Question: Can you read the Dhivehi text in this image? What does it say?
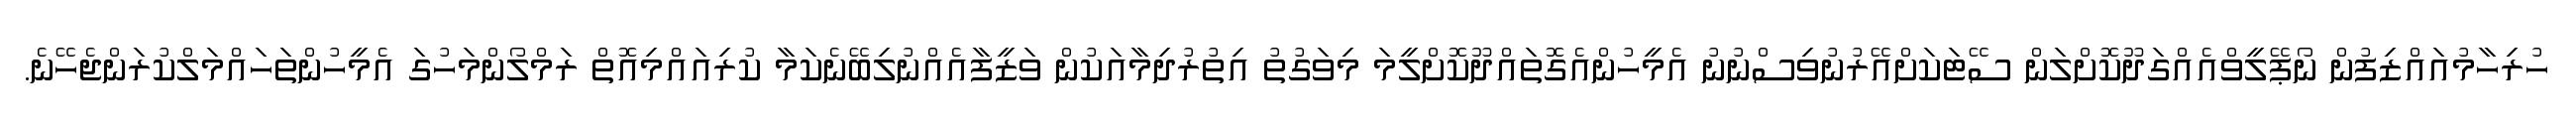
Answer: ހުރިހާމުއައްޒިފުން ނޯޕޭލީވްއެއްގަދޫކޮށްލަން ސޭޓަކަށްއޭރުނުވިސްނުނު އެމީހުންއެގޮތައްދޫކޮށްލީމަ މިވަގުތު އިތުރުދިމާއަކުން ވަޒީފާއެއްނުލިބޭނެކަމާ ކުރިއައްމިއޮތް ރަމްލޯންމަހުގަ އެމީހުންތަހައްމަލްކުރަންޖެހޭނެ.